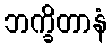
ဘက္ခိတာနံ